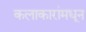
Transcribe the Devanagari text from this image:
कलाकारांमधून